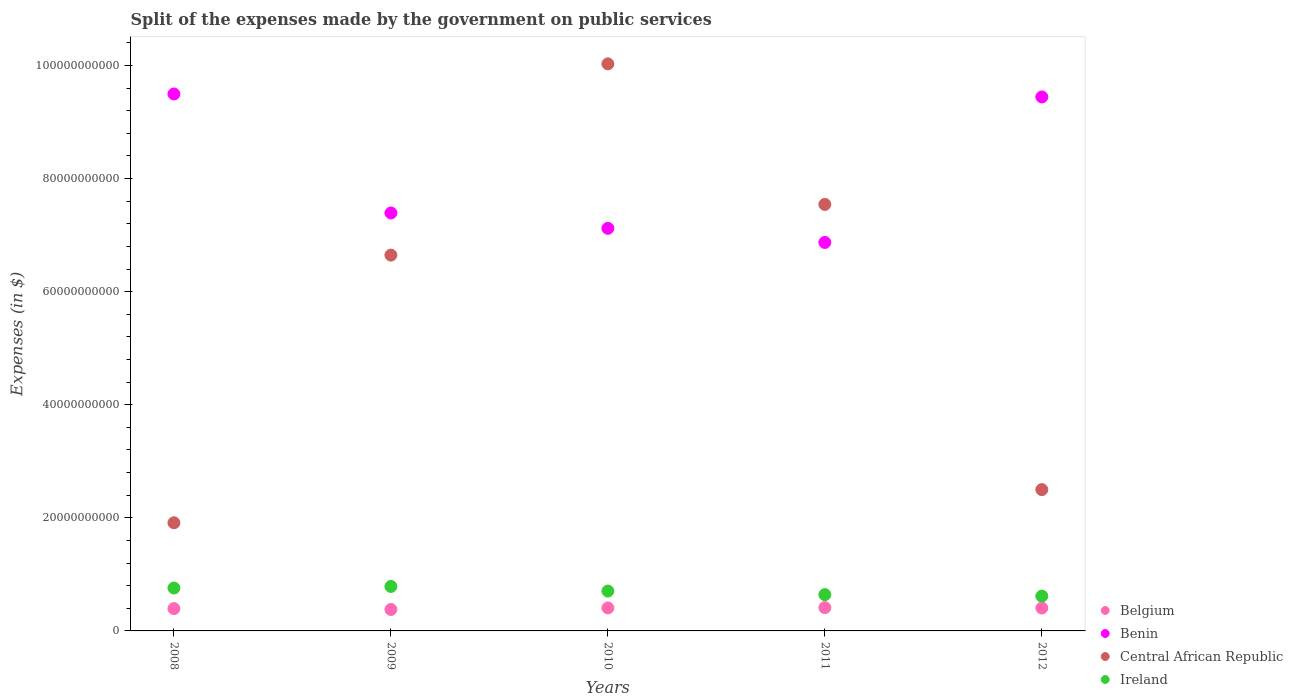
| Years | Belgium | Benin | Central African Republic | Ireland |
 | --- | --- | --- | --- | --- |
 | 2008 | 3.95e+09 | 9.5e+10 | 1.91e+10 | 7.59e+09 |
 | 2009 | 3.79e+09 | 7.39e+10 | 6.65e+10 | 7.87e+09 |
 | 2010 | 4.07e+09 | 7.12e+10 | 1e+11 | 7.05e+09 |
 | 2011 | 4.12e+09 | 6.87e+10 | 7.54e+10 | 6.42e+09 |
 | 2012 | 4.05e+09 | 9.44e+10 | 2.5e+10 | 6.16e+09 |